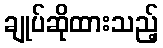
ချုပ်ဆိုထားသည့်